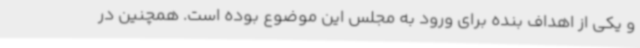
و یکی از اهداف بنده برای ورود به مجلس این موضوع بوده است. همچنین در